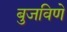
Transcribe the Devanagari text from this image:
बुजविणे